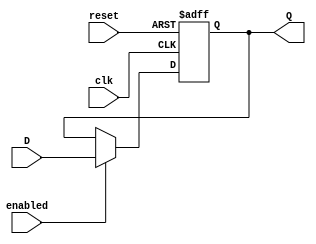
// Juan Eliseo Lux Cajas
// ProyectoFinal-Electronica1

//FF de 1 bit
module FF_D_1(input clk, reset, enabled, D, output reg Q);

    always @ (posedge clk, posedge reset)
        if (reset)
            Q = 1'b0;
        else if (enabled)
            Q = D;
endmodule